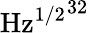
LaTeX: \mathrm{{Hz^{1/2}}^{32}}